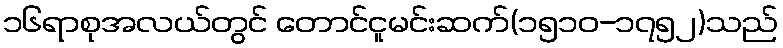
၁၆ရာစုအလယ်တွင် တောင်ငူမင်းဆက်(၁၅၁၀-၁၇၅၂)သည်